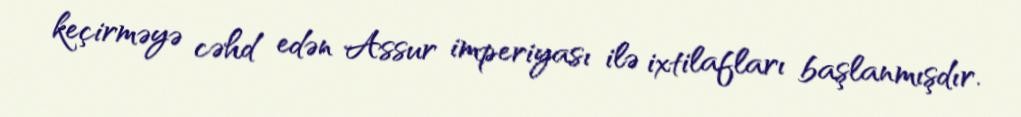
keçirməyə cəhd edən Assur imperiyası ilə ixtilafları başlanmışdır.